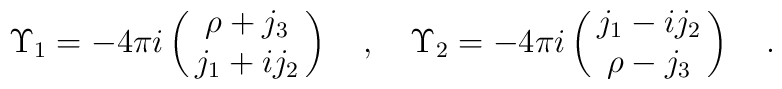
\Upsilon_1 =-4\pi i \pmatrix{\rho +j_3\cr j_1 + ij_2 \cr}\quad,\quad\Upsilon_2 = -4\pi i \pmatrix{j_1 - ij_2 \cr \rho -j_3 \cr}\quad.